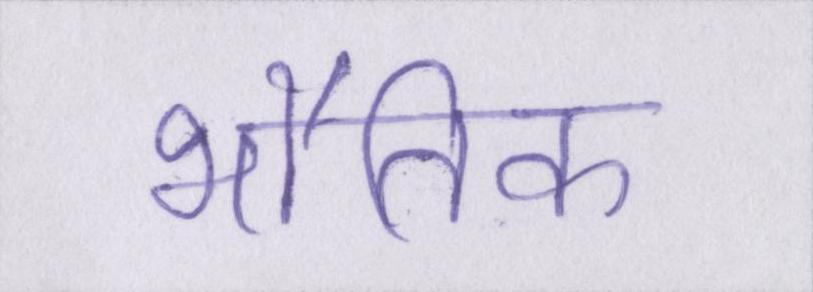
भौतिक